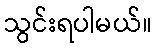
သွင်းရပါမယ်။